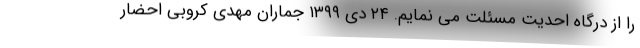
را از درگاه احدیت مسئلت می نمایم. ۲۴ دی ۱۳۹۹ جماران مهدی کروبی احضار